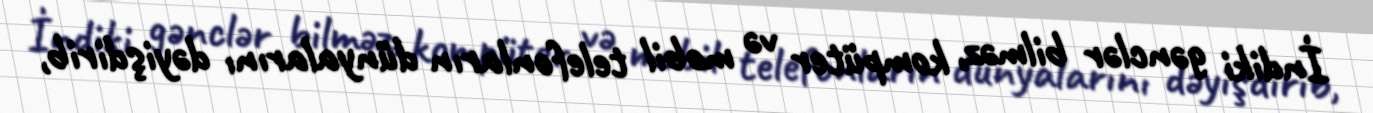
İndiki gənclər bilməz, kompüter və mobil telefonların dünyalarını dəyişdirib,